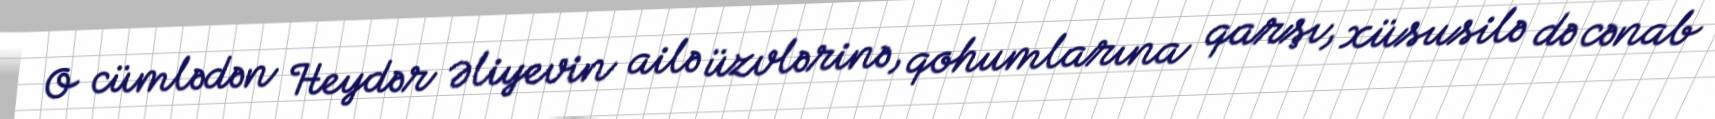
O cümlədən Heydər Əliyevin ailə üzvlərinə, qohumlarına qarşı, xüsusilə də cənab